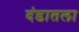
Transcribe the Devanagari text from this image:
दंडातला